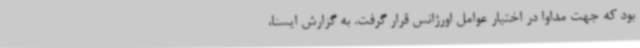
بود که جهت مداوا در اختیار عوامل اورژانس قرار گرفت. به گزارش ایسنا،